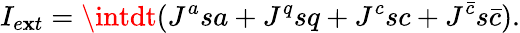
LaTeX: I_{e\mathbf{x}t}=\intdt(J^{a}sa+J^{q}sq+J^{c}sc+J^{{\bar{{c}}}}s{\bar{{c}}}).